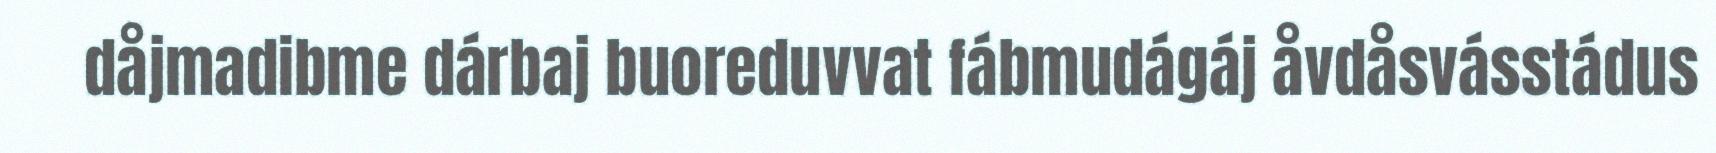
dåjmadibme dárbaj buoreduvvat fábmudágáj åvdåsvásstádus